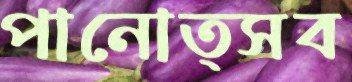
পানোত্সব